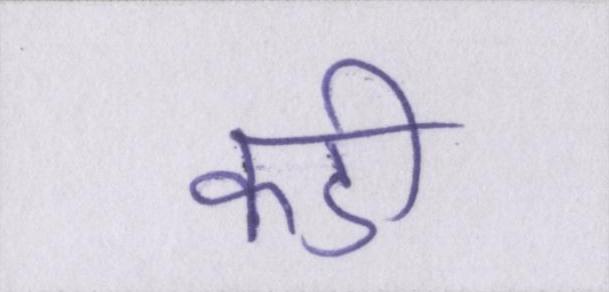
कडी